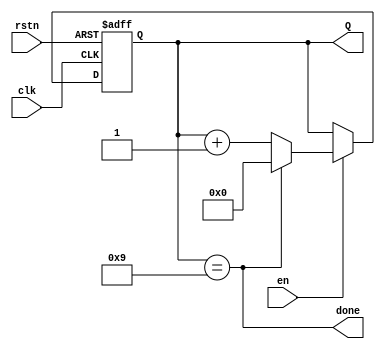
module BCD_counter (
    input clk, rstn, en,
    output [3 : 0] Q,
    output done
);
    reg [3 : 0] Q_next, Q_reg;
    
    always @(*) begin
        if (done)
            Q_next = 0;
        else
            Q_next = Q_reg + 1;
    end

    always @(posedge clk, negedge rstn) begin
        if (!rstn)
            Q_reg <= 0;
        else if (en)
            Q_reg <= Q_next; 
    end

    assign done = (Q_reg == 9);
    assign Q = Q_reg;
endmodule